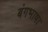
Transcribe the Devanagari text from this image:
बंगभाषा